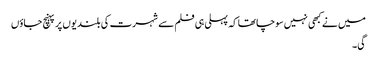
میں نے کبھی نہیں سوچا تھا کہ پہلی ہی فلم سے شہرت کی بلندیوں پر پہنچ جاؤں
گی۔